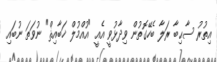
އިތުރު ސާޙިބާ ރަލާ ބެހޭގޮތުން ވިދާޅުވީ އެއީ "އުއްމުލް ޚަބާއިޘް" ނުވަތަ ނުބައި